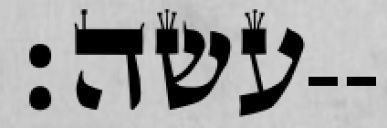
עשה׃--